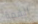
القمة